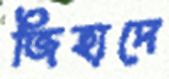
জিহাদে